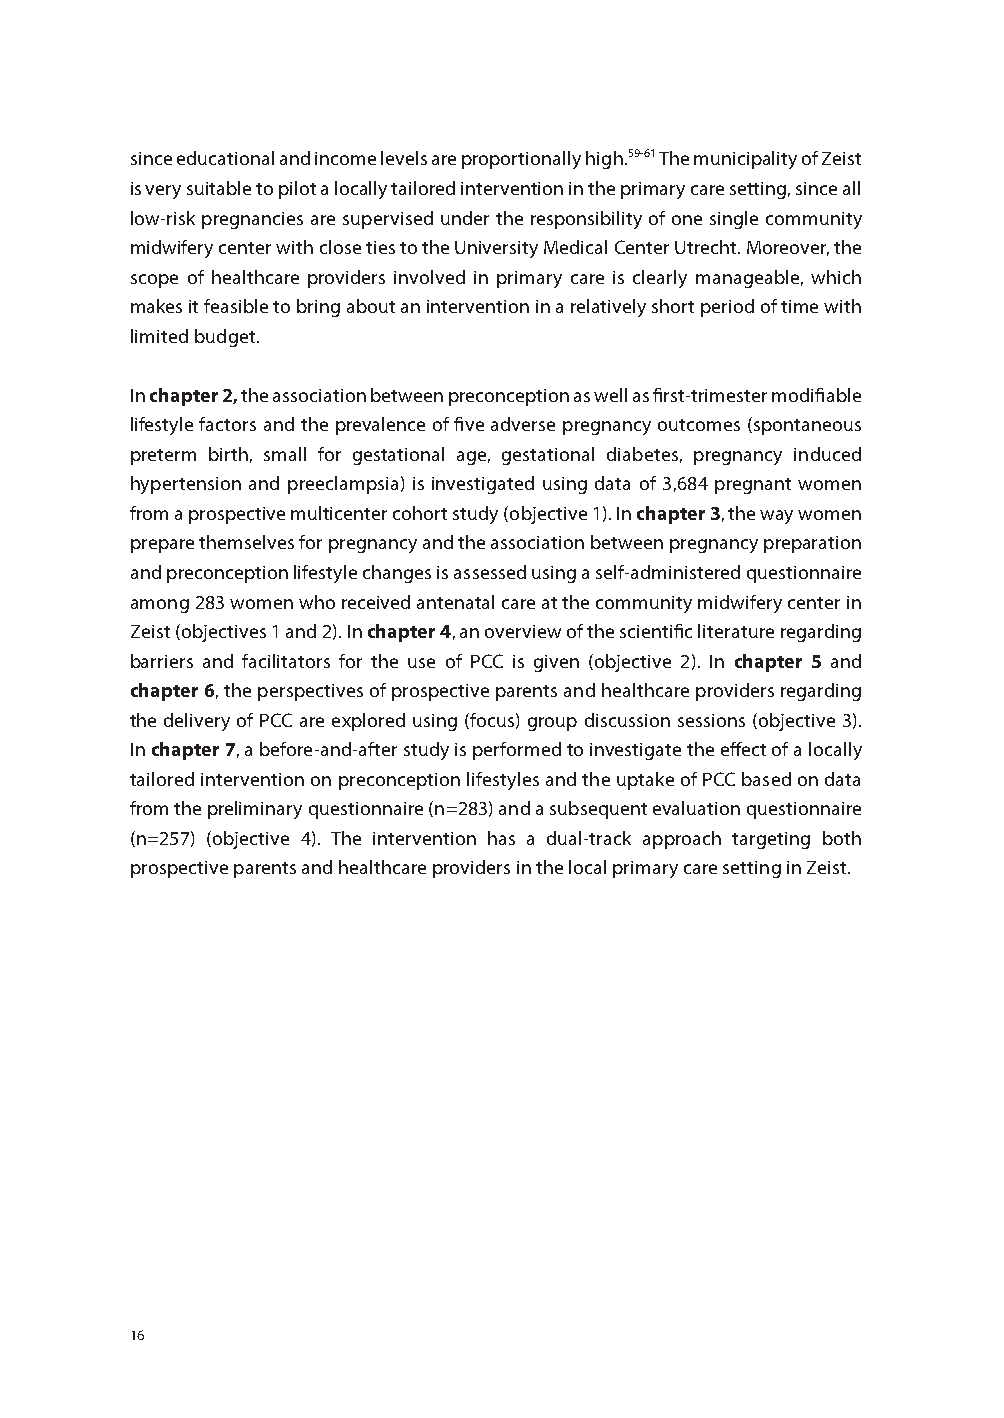
since educational and income levels are proportionally high.59-61 The municipality of Zeist
 is very suitable to pilot a locally tailored intervention in the primary care setting, since all
 low-risk pregnancies are supervised under the responsibility of one single community
 midwifery center with close ties to the University Medical Center Utrecht. Moreover, the
 scope of healthcare providers involved in primary care is clearly manageable, which
 makes it feasible to bring about an intervention in a relatively short period of time with
 limited budget.
 In chapter 2, the association between preconception as well as first-trimester modifiable
 lifestyle factors and the prevalence of five adverse pregnancy outcomes (spontaneous
 preterm birth, small for gestational age, gestational diabetes, pregnancy induced
 hypertension and preeclampsia) is investigated using data of 3,684 pregnant women
 from a prospective multicenter cohort study (objective 1). In chapter 3, the way women
 prepare themselves for pregnancy and the association between pregnancy preparation
 and preconception lifestyle changes is assessed using a self-administered questionnaire
 among 283 women who received antenatal care at the community midwifery center in
 Zeist (objectives 1 and 2). In chapter 4, an overview of the scientific literature regarding
 barriers and facilitators for the use of PCC is given (objective 2). In chapter 5 and
 chapter 6, the perspectives of prospective parents and healthcare providers regarding
 the delivery of PCC are explored using (focus) group discussion sessions (objective 3).
 In chapter 7, a before-and-after study is performed to investigate the effect of a locally
 tailored intervention on preconception lifestyles and the uptake of PCC based on data
 from the preliminary questionnaire (n=283) and a subsequent evaluation questionnaire
 (n=257) (objective 4). The intervention has a dual-track approach targeting both
 prospective parents and healthcare providers in the local primary care setting in Zeist.
 16